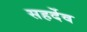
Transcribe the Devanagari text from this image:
सहर्देव